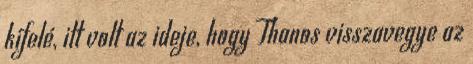
kifelé, itt volt az ideje, hogy Thanos visszavegye az